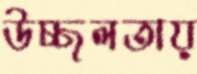
উচ্ছলতায়